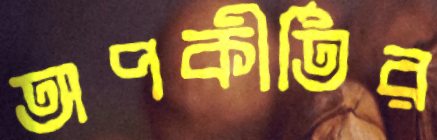
অপকীর্তির